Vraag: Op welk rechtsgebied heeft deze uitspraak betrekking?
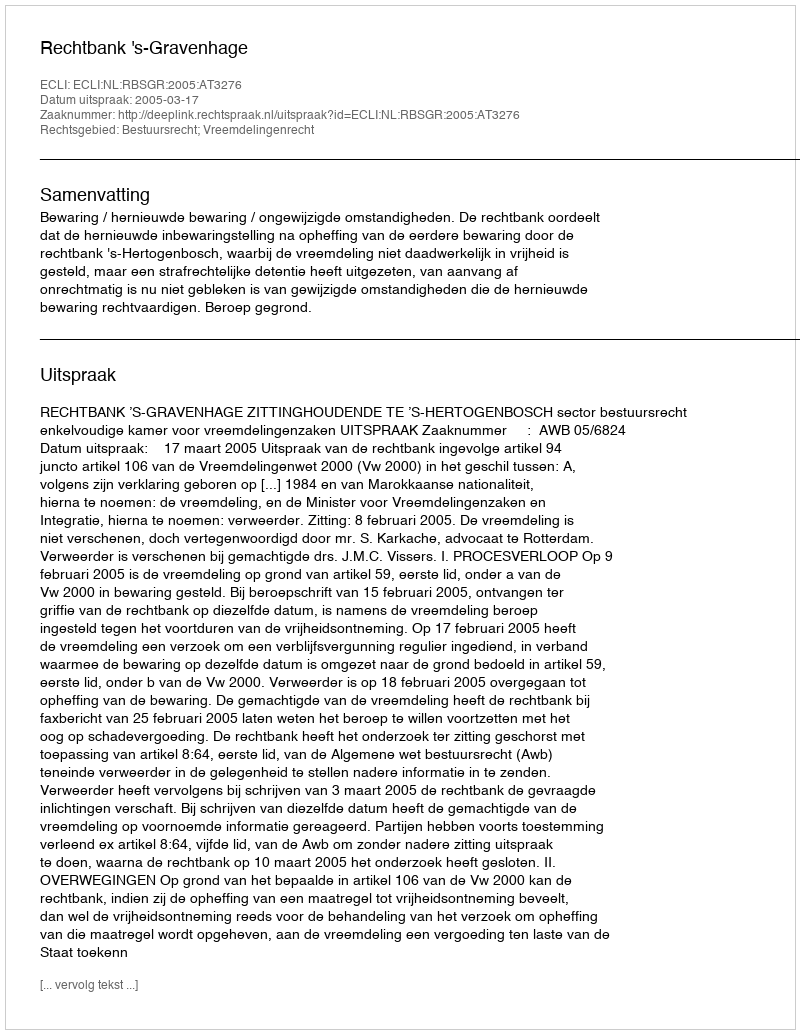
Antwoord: Bestuursrecht; Vreemdelingenrecht